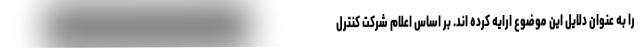
را به عنوان دلایل این موضوع ارایه کرده اند. بر اساس اعلام شرکت کنترل